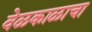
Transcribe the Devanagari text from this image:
वेळकाळाचा